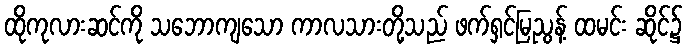
ထိုကုလားဆင်ကို သဘောကျသော ကာလသားတို့သည် ဖက်ရှင်မြညွန့် ထမင်း ဆိုင်၌